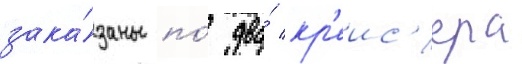
зака́заны по́ два́ кр'еис'ера